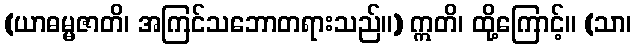
(ယာဓမ္မဇာတိ၊ အကြင်သဘောတရားသည်။) ဣတိ၊ ထို့ကြောင့်။ (သာ၊